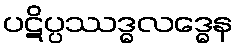
ပဋိပ္ပဿဒ္ဓလဒ္ဓေန